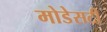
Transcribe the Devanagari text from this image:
मोडेसटी